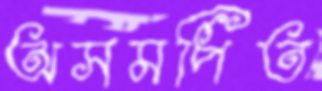
অসমর্পিত